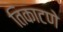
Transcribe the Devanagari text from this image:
तिकाटणे